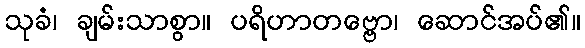
သုခံ၊ ချမ်းသာစွာ။ ပရိဟာတဗ္ဗော၊ ဆောင်အပ်၏။